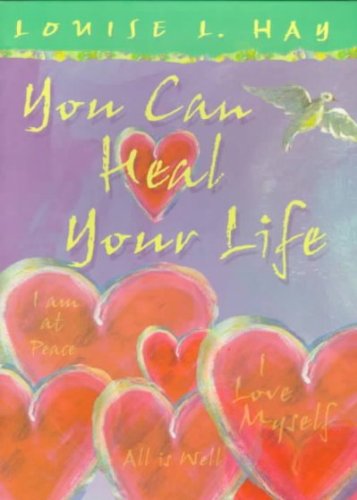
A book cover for You Can Heal Your Life (Gift Edition); Louise L. Hay; Self-Help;